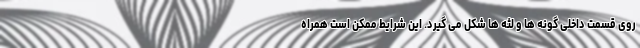
روی قسمت داخلی گونه ها و لثه ها شکل می گیرد. این شرایط ممکن است همراه